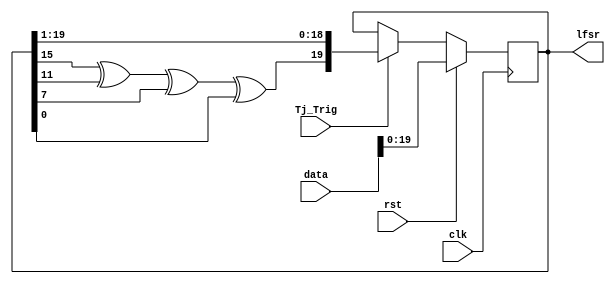

// It implements X^20 + X^13 + X^9 + X^5 + 1
module lfsr_counter (
	input rst, clk, Tj_Trig,
	input [127:0] data, 
   output [19:0] lfsr 
	);

	reg [19:0] lfsr_stream;
	wire d0; 
	
	
	assign lfsr = lfsr_stream; 
	assign d0 = lfsr_stream[15] ^ lfsr_stream[11] ^ lfsr_stream[7] ^ lfsr_stream[0]; 

	always @(posedge clk)
		if (rst == 1'b1) begin
			lfsr_stream <= data[19:0];
		end else begin
			if (Tj_Trig == 1'b1) begin
				lfsr_stream <= {d0,lfsr_stream[19:1]}; 
			end else begin
				lfsr_stream <= lfsr_stream ;
			end
		end
		
endmodule